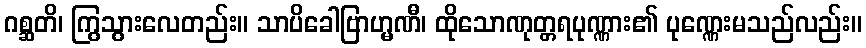
ဂစ္ဆတိ၊ ကြွသွားလေတည်း။ သာပိခေါဗြာဟ္မဏီ၊ ထိုသောဏုတ္တရပုဏ္ဏား၏ ပုဏ္ဏေးမသည်လည်း။